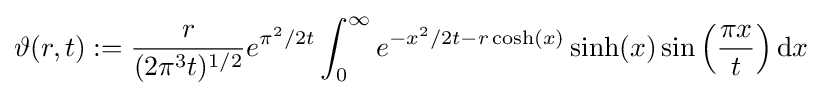
\vartheta (r,t):={\frac {r}{(2\pi ^{3}t)^{1/2}}}e^{\pi ^{2}/2t}\int _{0}^{\infty }e^{-x^{2}/2t-r\cosh(x)}\sinh(x)\sin \left({\frac {\pi x}{t}}\right)\mathrm {d} x